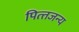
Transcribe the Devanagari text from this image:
पित्‍तजन्‍य